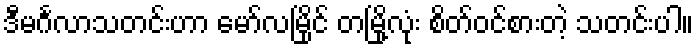
ဒီမင်္ဂလာသတင်းဟာ မော်လမြိုင် တမြို့လုံး စိတ်ဝင်စားတဲ့ သတင်းပါ။